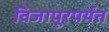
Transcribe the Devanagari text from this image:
विजापूरपर्यंत